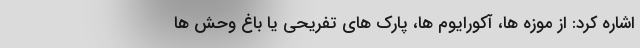
اشاره کرد: از موزه ها، آکورایوم ها، پارک های تفریحی یا باغ وحش ها